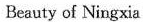
Beauty of Ningxia